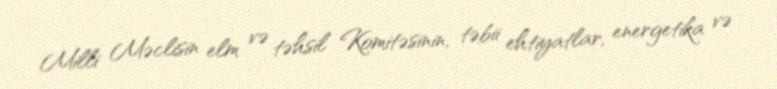
Milli Məclisin elm və təhsil Komitəsinin, təbii ehtiyatlar, energetika və